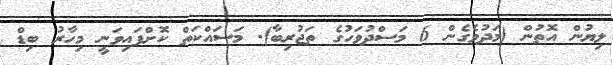
ލިޔުން އޮތުން (މަދުވެގެން 6 މަސްދުވަހުގެ ތަޖުރިބާ). މަސައްކަތް ކޮށްފައިވަނީ މިހާރު ބިޑް